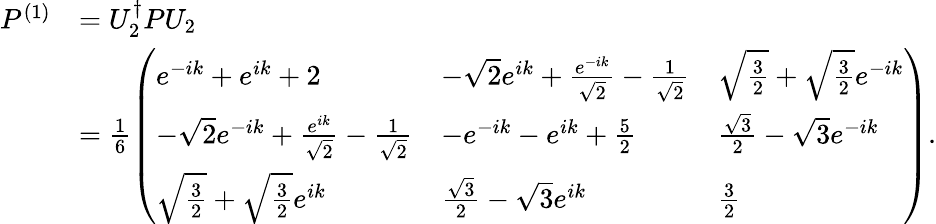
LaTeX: \begin{array}{rl}{P^{(1)}}&{=U_{2}^{\dagger}PU_{2}}\\ &{=\frac{1}{6}\left(\begin{array}{lll}{e^{-ik}+e^{ik}+2}&{-\sqrt{2}e^{ik}+\frac{e^{-ik}}{\sqrt{2}}-\frac{1}{\sqrt{2}}}&{\sqrt{\frac{3}{2}}+\sqrt{\frac{3}{2}}e^{-ik}}\\ {-\sqrt{2}e^{-ik}+\frac{e^{ik}}{\sqrt{2}}-\frac{1}{\sqrt{2}}}&{-e^{-ik}-e^{ik}+\frac{5}{2}}&{\frac{\sqrt{3}}{2}-\sqrt{3}e^{-ik}}\\ {\sqrt{\frac{3}{2}}+\sqrt{\frac{3}{2}}e^{ik}}&{\frac{\sqrt{3}}{2}-\sqrt{3}e^{ik}}&{\frac{3}{2}}\end{array}\right).}\end{array}